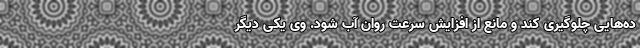
ده‌هایی چلوگیری کند و مانع از افزایش سرعت روان آب شود. وی یکی دیگر